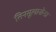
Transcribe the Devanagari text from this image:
तिनसूलानोन्डा